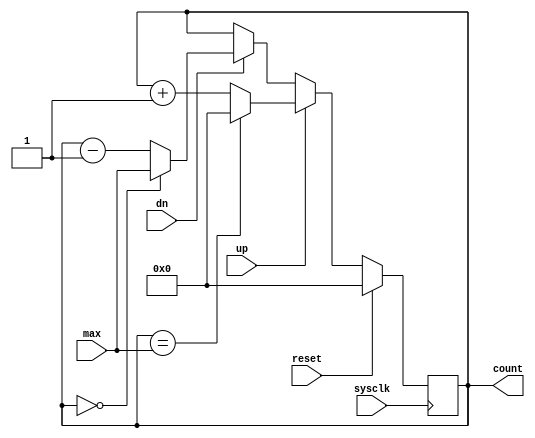
`timescale 1ns / 1ps
`default_nettype none
// Copyright (c) 2016 Jennifer Holt
//
// Permission is hereby granted, free of charge, to any person obtaining a copy of this software and 
// associated documentation files (the "Software"), to deal in the Software without restriction,
// including without limitation the rights to use, copy, modify, merge, publish, distribute,
// sublicense, and/or sell copies of the Software, and to permit persons to whom the Software is
// furnished to do so, subject to the following conditions:
//
// The above copyright notice and this permission notice shall be included in all copies or
// substantial portions of the Software.

// THE SOFTWARE IS PROVIDED "AS IS", WITHOUT WARRANTY OF ANY KIND, EXPRESS OR IMPLIED, INCLUDING BUT
// NOT LIMITED TO THE WARRANTIES OF MERCHANTABILITY, FITNESS FOR A PARTICULAR PURPOSE AND
// NONINFRINGEMENT. IN NO EVENT SHALL THE AUTHORS OR COPYRIGHT HOLDERS BE LIABLE FOR ANY CLAIM,
// DAMAGES OR OTHER LIABILITY, WHETHER IN AN ACTION OF CONTRACT, TORT OR OTHERWISE, ARISING FROM, OUT
// OF OR IN CONNECTION WITH THE SOFTWARE OR THE USE OR OTHER DEALINGS IN THE SOFTWARE.

//////////////////////////////////////////////////////////////////////////////////
// Company: 
// 
// Design Name: 
// Module Name:    strobe_counter 
// Project Name: 
// Target Devices: 
// Tool versions: 
// Description: Counter with enable strobe.
//
// Dependencies: None
//
// Revision: 
// Revision 0.01 - File Created
// Additional Comments: 
//
//////////////////////////////////////////////////////////////////////////////////
module counter#(
     parameter NBITS = 22
     )(
     input wire sysclk,
     input wire reset,
     input wire up,
     input wire dn,
     input wire[NBITS-1:0] max,
     output reg[NBITS-1:0] count
     );

     wire[NBITS-1:0] count_next;
     wire[NBITS-1:0] count_up, count_down;
     wire [NBITS:0] count_plus1;
	
     assign count_plus1 = count + 1;
     assign count_up = (count == max) ? 0 : count_plus1[NBITS-1:0];
     assign count_down = (count == 0) ? max : count - 1;
     assign count_next = (up) ? count_up   : 
                         (dn) ? count_down :
                                count;
     
     always @(posedge sysclk) begin
          if (reset) begin
               count <= 0;
          end else begin
               count <= count_next;
          end
     end
endmodule